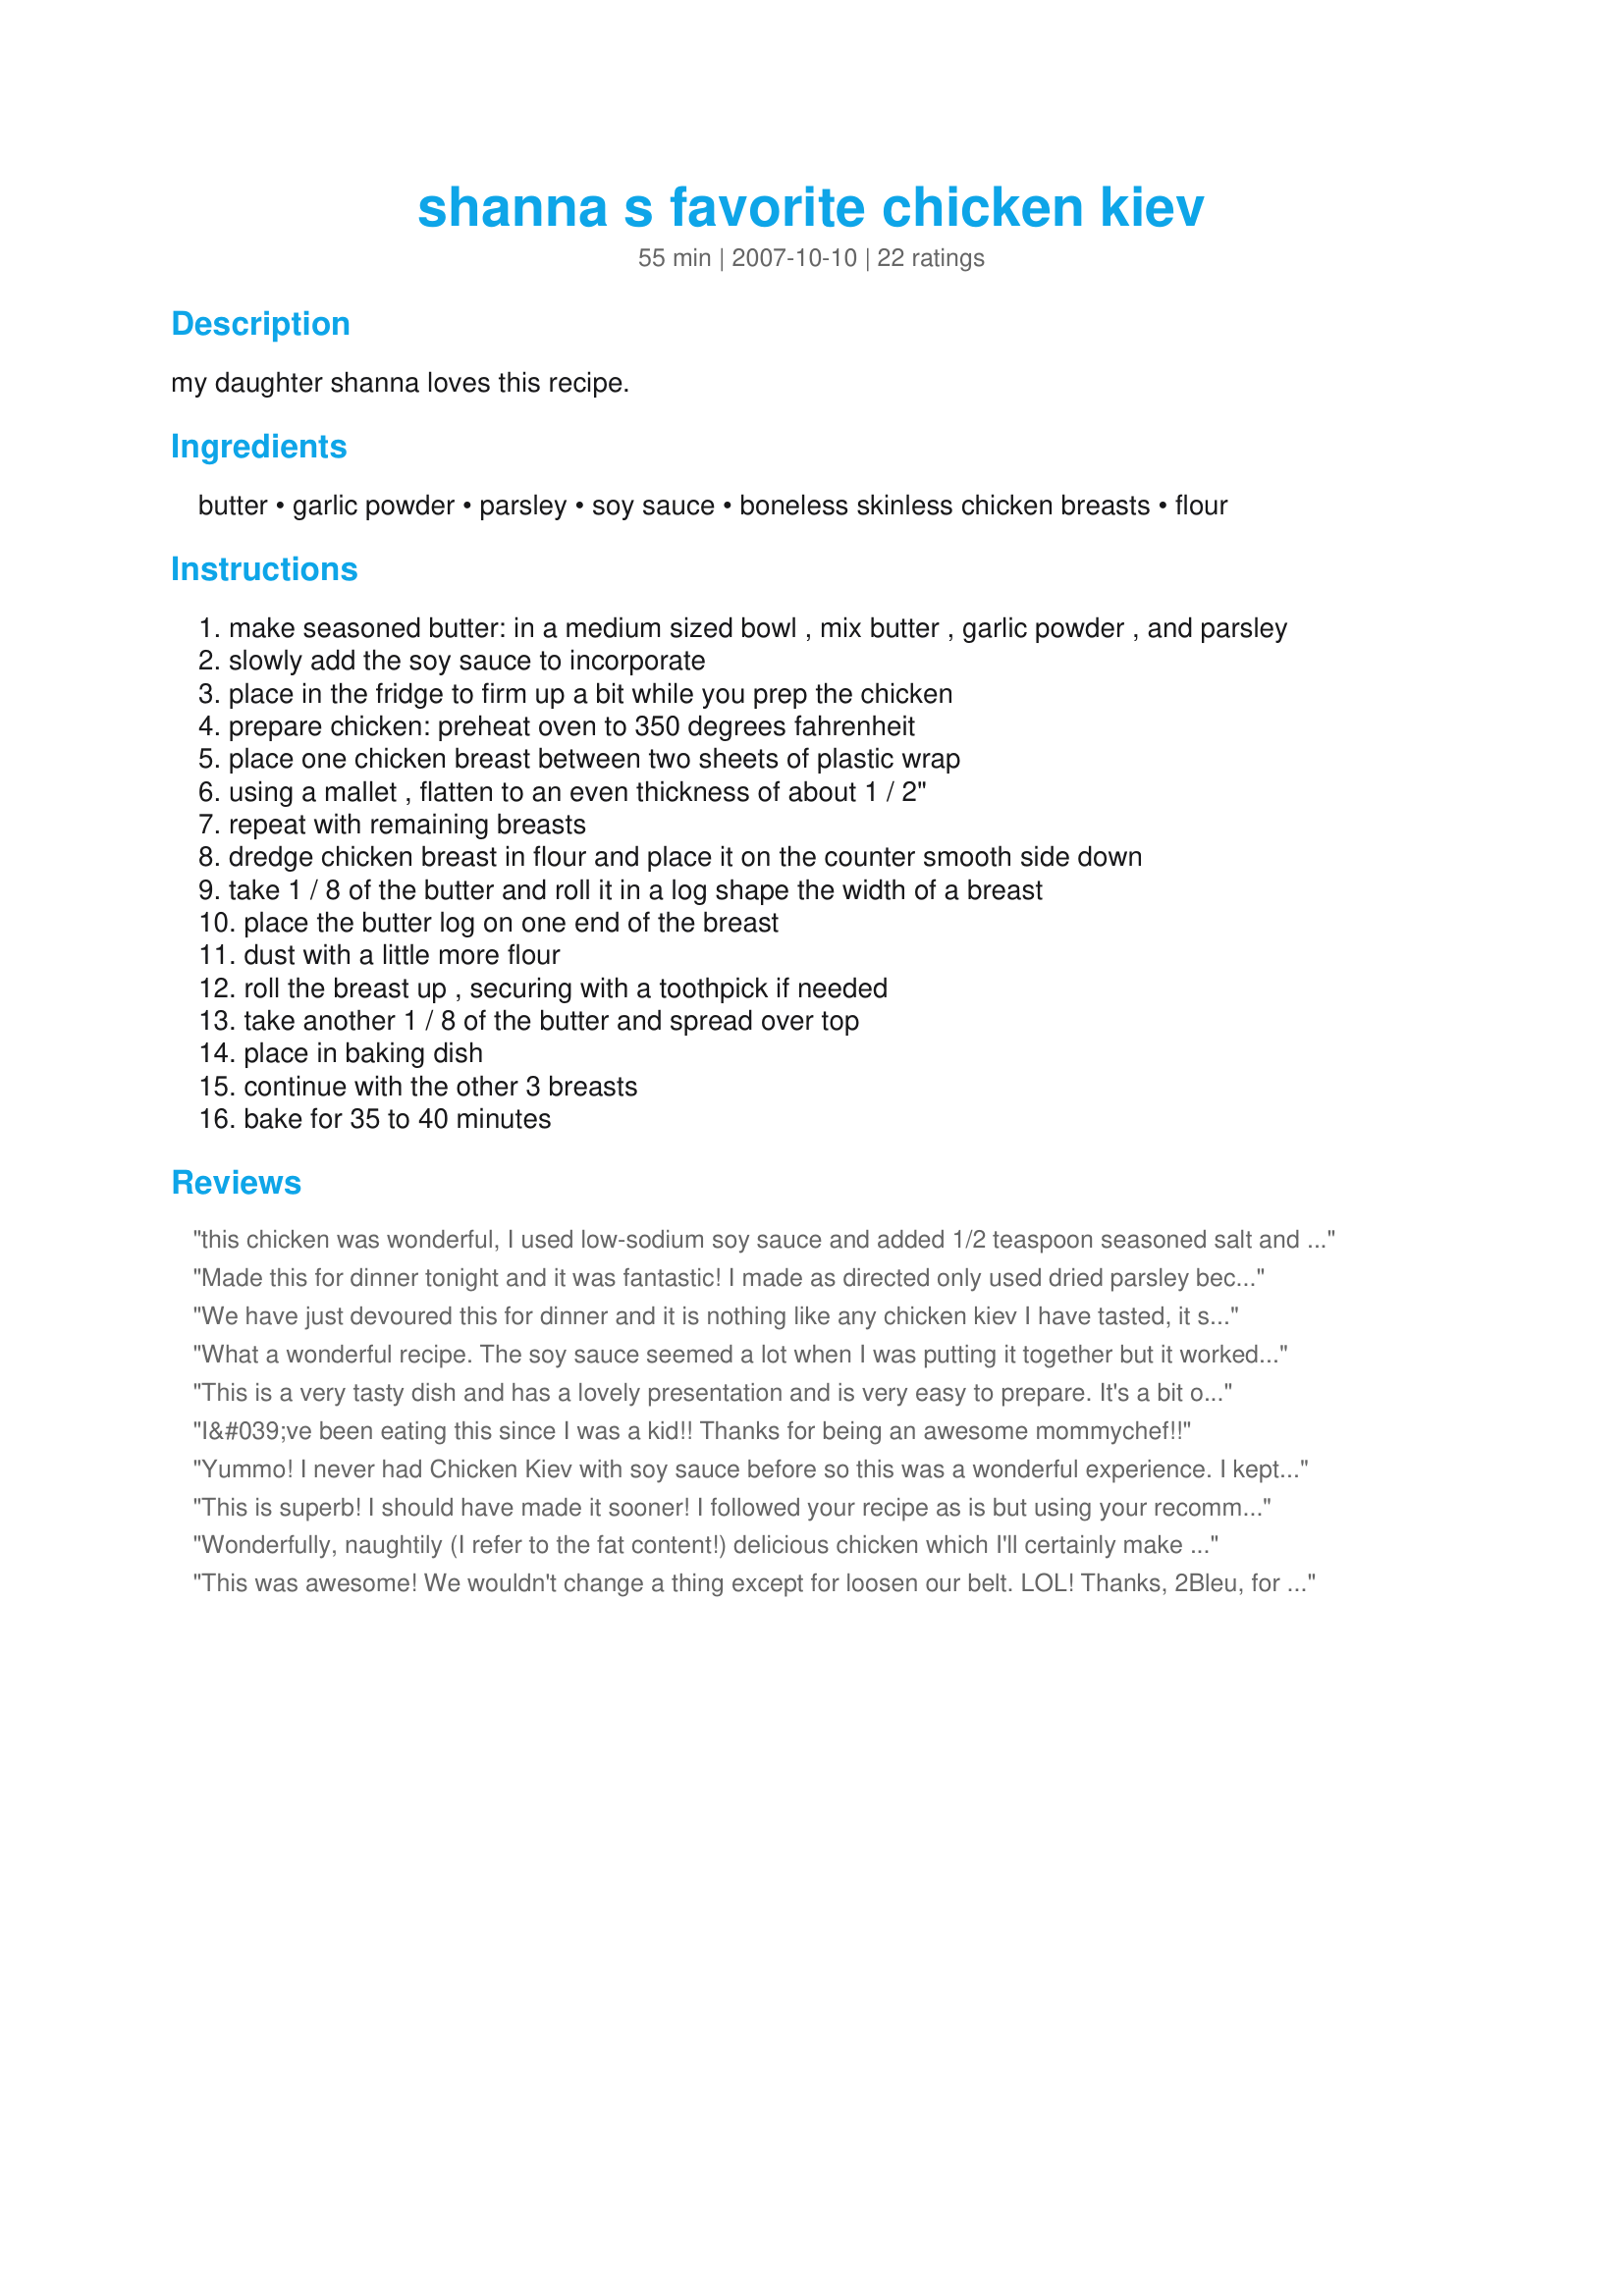
shanna s favorite chicken kiev
Preparation time: 55 minutes

my daughter shanna loves this recipe.

Ingredients:
butter, garlic powder, parsley, soy sauce, boneless skinless chicken breasts, flour

Steps:
make seasoned butter: in a medium sized bowl , mix butter , garlic powder , and parsley
slowly add the soy sauce to incorporate
place in the fridge to firm up a bit while you prep the chicken
prepare chicken: preheat oven to 350 degrees fahrenheit
place one chicken breast between two sheets of plastic wrap
using a mallet , flatten to an even thickness of about 1 / 2"
repeat with remaining breasts
dredge chicken breast in flour and place it on the counter smooth side down
take 1 / 8 of the butter and roll it in a log shape the width of a breast
place the butter log on one end of the breast
dust with a little more flour
roll the breast up , securing with a toothpick if needed
take another 1 / 8 of the butter and spread over top
place in baking dish
continue with the other 3 breasts
bake for 35 to 40 minutes

Reviews:
this chicken was wonderful, I used low-sodium soy sauce and added 1/2 teaspoon seasoned salt and ground black pepper to the seasoned butter mixture, my DH loved this, thanks for posting this great recipe 2Bleu!...Kitten :)
Made this for dinner tonight and it was fantastic! I made as directed only used dried parsley because that's what I had. It was still delicious and will be a meal I make again. Served with rice that we drizzled with butter drippings from the pan. DH said, "You need to give this one a high rating!" Thanks 2Bleu for sharing this family favorite.
We have just devoured this for dinner and it is nothing like any chicken kiev I have tasted, it stands out by itself (I think you sent the DM to heaven - she was looking for more). We drizzled the juices over the chicken and vegetables and still had to get some buttered bread to mop up the last of them (couldn't waste it). I did 5 chicken breasts weighing 110 grams each (just under 4oz) and used less than half the butter, I also had no problem mixing all the soy in - I mixed all the dry ingredients first into very soft butter and slowly added the soy beating well between each addition, I then put it into the fridge to firm up and then rolled into a log (in plastic wrap) and then froze it. When I went to use it several hours later it was just a matter of cutting of the slices I required. I have frozen the rest to use later (think it would be nice on a steak). Thank you 2Bleu (Bird&Buddha) for a keeper. Made for Please Review My Recipe. UPDATE put the butter under the breasts and drumsticks and thighs of a whole chicken and roasted - delicious. And yes it is great on steak.
What a wonderful recipe. The soy sauce seemed a lot when I was putting it together but it worked perfectly once cooked. Like others I served over rice to soak up all the yummyness! Thank you so much 2Bleu!
This is a very tasty dish and has a lovely presentation and is very easy to prepare. It's a bit on the rich side for our family so while we won't be having this as a regular weekly meal, we will be enjoying from time to time especially if having company over. The butter drippings were very tasty spooned over mashed potatoes.

I rolled the butter mix up into a square log shap on a length of parchment paper and put in the freezer instead of the fridge. This really helped with dividing it up into 8 equal portions and also for being able to work with it.
I&#039;ve been eating this since I was a kid!! Thanks for being an awesome mommychef!!
Yummo! I never had Chicken Kiev with soy sauce before so this was a wonderful experience. I kept the recipe as written except used breadcrumbs to dredging the chicken. I think it gave the chicken a thicker coat, so the butter could stay inside the chicken. I served it with steam veggies and Recipe #242764. Thank you 2Bleu (Bird&Buddha)
This is superb! I should have made it sooner! I followed your recipe as is but using your recommended Recipe #266054 for the seasoned butter. I used also an icing pipe without the ends to make the logs of butter. Love the bit of crunch of the herb butter seasoning on top of the chicken after it was baked and the taste of garlic butter with herbs in this chicken dish! Thanks, 2Bleu!
Wonderfully, naughtily (I refer to the fat content!) delicious chicken which I'll certainly make again probably mainly when serving guests and on occasions when I throw health concerns to the winds for the sheer joy of the herbed butter indulgence. Not like the chicken kiev I've eaten in various restaurants in that they've invariably been crumbed and I've never eaten a chicken kiev with soy sauce among its ingredients. The soy sauce (I used a low sodium soy sauce) blended superbly with the garlic and parsley and gave this a very distinctive flavour. Easy to follow instructions: always such a plus! I made this exactly to the recipe: the presence of the soy sauce left me unsure of what other herbs to add. But when making this again, I'll be confident that this dish really doesn't need any additional herbs. Thanks for sharing this recipe, 2Bleu. Made for PRMR.
This was awesome! We wouldn't change a thing except for loosen our belt. LOL! Thanks, 2Bleu, for a great and easy recipe! This recipe made it into our book#179809!
We had this for dinner last night, what a hit. The kids loved it wanted more. I made 8, I had 4 large boneless breasts, cut each breast 1/2 in half because they were so big. With the soy sauce this is big on taste too. I did dredge in bread crumbs,parmesan and spice mixture. My son was upset he didn't have any to take for work for lunch. I guess I'll have to make it again.
This was really good. I followed the recipe except that I doubled everything, using boneless chicken cutlets. I also used lite soy sauce as that is all I buy. Everyone enjoyed this and wished I would have made more! I had never had chicken kiev before so have nothing to compare it to but we loved this!
I used low sodium soy sauce with great results!
Excellent chicken. Came out very moist and tender with a fantastic flavor. The butter did not stay inside the the chicken as I'd hoped it would, maybe I did'nt wrap it tight enough. I just spooned the butter over the top when it was done. Highly recomend this one.
I made tbis today for dinner just for myself so I scaled it down to one. I used margine instead of butter. I served this over some brown rice for an excellent meal. I love this version of chicken kiev! The soy sauce adds a great flavor to this chicken.
wow!
4 Stars, delicious, used the herb butter in this recipe and served with steamed rice and steamed broccoli. DH said, "Don't lose this recipe!" The ingredients made twice as much herbed butter as needed; I was able to mix with a fork until I added the soy sauce, then the electric beater finished the job. I used thinly-cut chicken cutlets so I wouldn't have to pound. Great for prepare-ahead dinners. Made for Please Review My Recipe.
I can certainly understand why this is Shanna's favorite....it is positively wonderful! And it's very simple to prepare, and bakes up rather quickly. Thanks for sharing your recipe, 2Bleu. And thanks for the backgrund on Chicken Kiev. Made for "Please Review My Recipe" tag game.
This was very good... just too salty. I even used low sodium soy sauce. I&#039;m a salt lover... but this is just too much salt for my taste and I carry a salt shaker in my bag with me. I used salted butter for this. The Recipe doesn&#039;t say use unsalted. .. or salted. Maybe it&#039;s my fault. It says butter... so I used real salted butter. I pounded the breast and then used a Jaccard on it... then dusted and filled with butter... rolled... dusted again because the flour seemed to be not enough after I had rolled it. I think this recipe has potential... I love trying new recipes. Thanks!
All the adults (4 in all) loved it, then 13 year old stepson liked it and 7 year old daughter ate it without complaint (which is big by itself). It is a very pretty dish. My best friend made it at my house, I just helped. But it is fairly easy to do. We made 6 breast but didnt change any other amounts butter or otherwise. I suggest being careful about the sprinkling of the flour before placing the butter in the breast. If you sprinkle a little heavy it can be a little doughy. Served with brown rice and candied carrots. All went well together. My girlfriend took a copy of the recipe home and intends to share with other friends. Thanks for sharing this recipe!
Thanks for sharing. This made an excellent sunday dinner. The flavor blends were exceptional. One you're definitely not being calorie conscience about but would make a very nice Christmas time meal.
this was such a huge hit w/ my picky family! smelled soooooo good while it was cooking and tasted out of this world. this is going into our favorites file. one mistake i did was pour all of the soy in instead of SLOWLY doing so. resulted in me mixing ALOT. next time i'll listen to directions. followed everything to the T and now one of our favorite meals. too bad it has so much fat..but it's so darn delicious we don't care.
